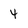
Character: 4